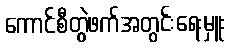
ကောင်စီတွဲဖက်အတွင်းရေးမှူး